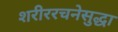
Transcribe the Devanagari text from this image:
शरीररचनेसुद्धा